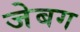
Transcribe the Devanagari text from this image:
जेबग